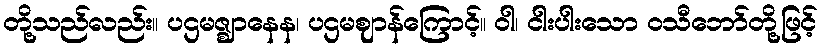
တို့သည်လည်း။ ပဌမဇ္ဈာနေန၊ ပဌမဈာန်ကြောင့်။ ဝါ၊ ငါးပါးသော ဝသီဘော်တို့ဖြင့်